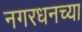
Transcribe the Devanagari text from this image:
नगरधनच्या